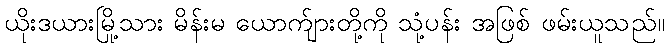
ယိုးဒယားမြို့သား မိန်းမ ယောက်ျားတို့ကို သုံ့ပန်း အဖြစ် ဖမ်းယူသည်။